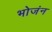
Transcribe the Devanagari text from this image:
भोजंन